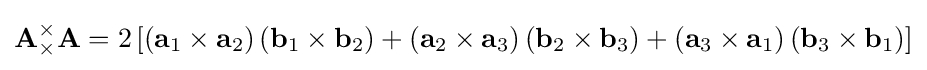
\mathbf {A} {}_{\times }^{\times }\mathbf {A} =2\left[\left(\mathbf {a} _{1}\times \mathbf {a} _{2}\right)\left(\mathbf {b} _{1}\times \mathbf {b} _{2}\right)+\left(\mathbf {a} _{2}\times \mathbf {a} _{3}\right)\left(\mathbf {b} _{2}\times \mathbf {b} _{3}\right)+\left(\mathbf {a} _{3}\times \mathbf {a} _{1}\right)\left(\mathbf {b} _{3}\times \mathbf {b} _{1}\right)\right]